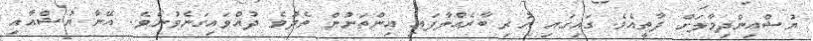
ޔުޝްއިންދިމާލަށް ދާތީއެވެ. ގައިގައި ހުރި ބާރެއްލާފައި އިންތަނުން ތެދުވެ ދުއްވައިގަނެވުނެވެ. އޭނާ ޔުޝްއާއި